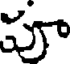
పూ